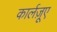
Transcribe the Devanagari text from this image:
कार्लज़ूए